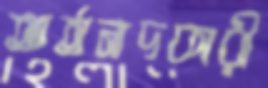
আর্তনাদকারী